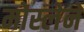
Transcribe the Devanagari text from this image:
मोस्लेने